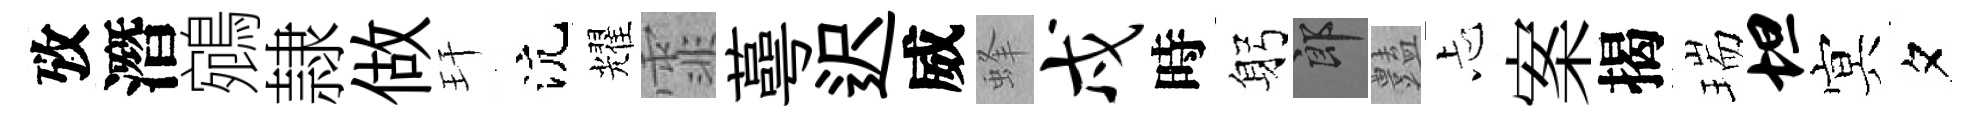
攷潛鵷隷做玕沆耀霏蕚迟威蜂戍時躬郎𧰟忐案揭瑞坦㝠夕